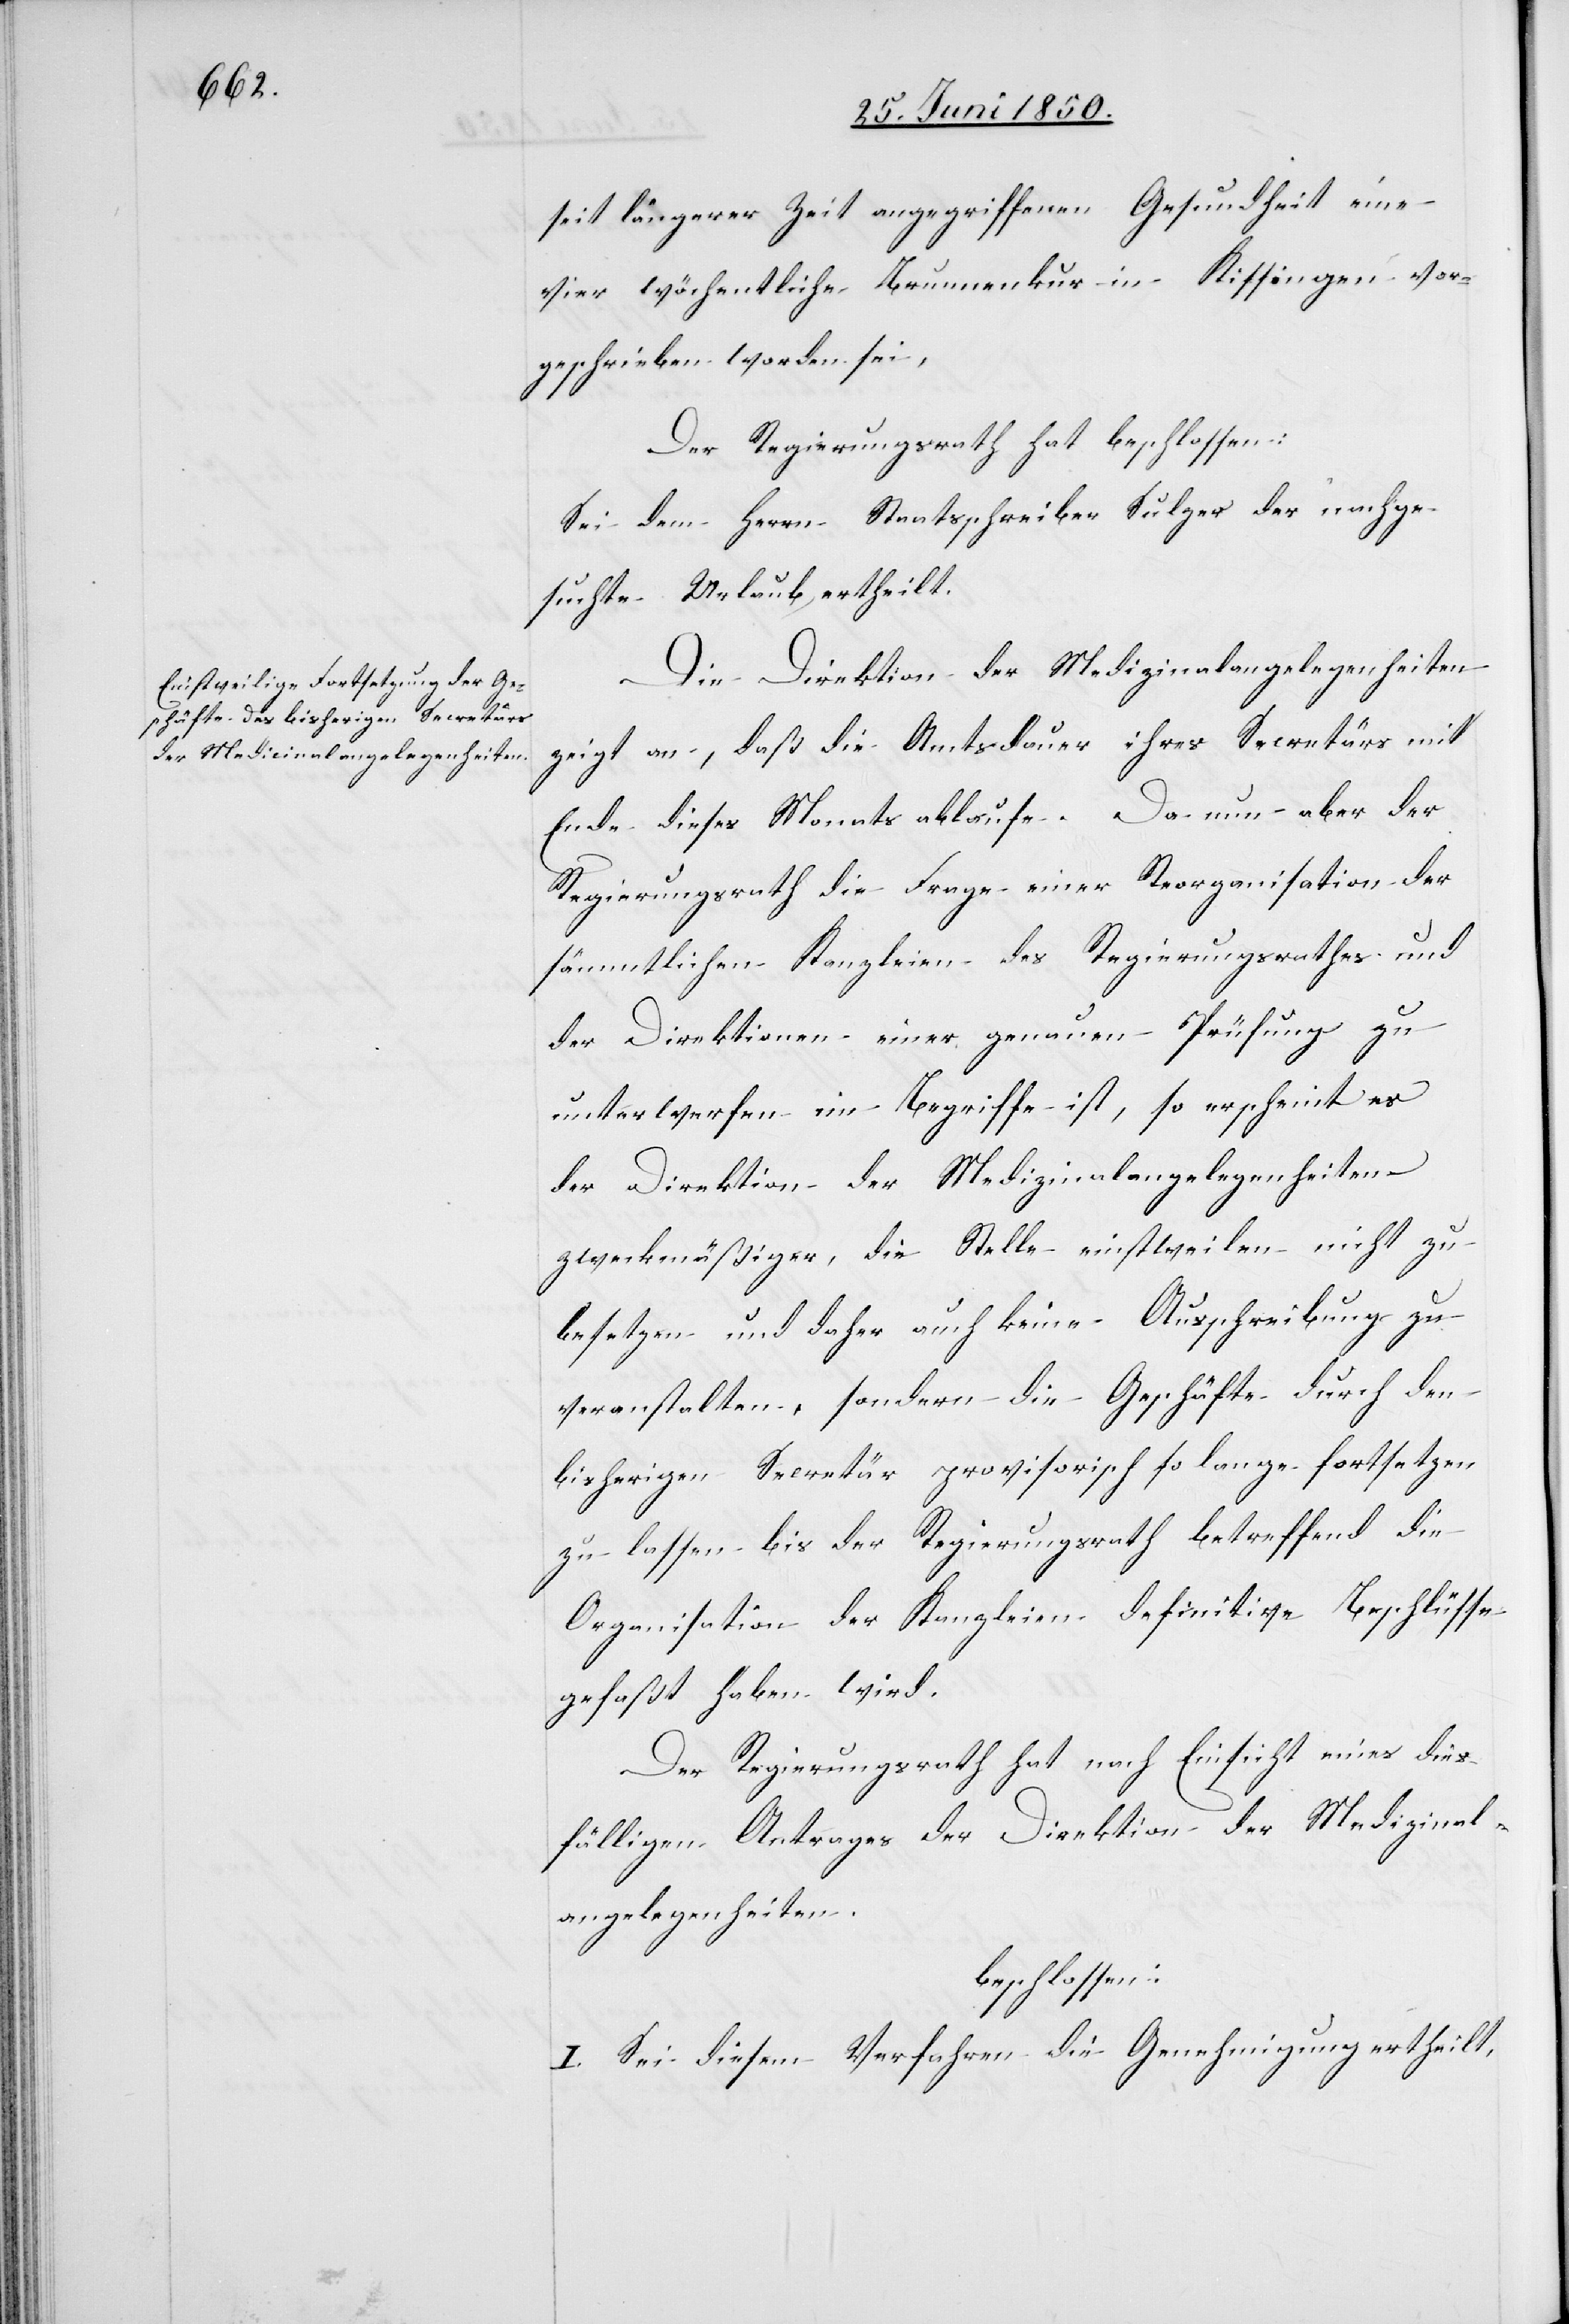
seit längerer Zeit angegriffenen Gesundheit eine
vier wöchentliche Brunnenkur in Kissingen vor¬
geschrieben worden sei,
Der Regierungsrath hat beschlossen:
Sei dem Herrn Staatsschreiber Sulzer der nachge¬
suchte Urlaub ertheilt.
Die Direktion der Medizinalangelegenheiten
zeigt an, daß die Amtsdauer ihres Secretärs mit
Ende dieses Monats ablaufe. Da nun aber der
Regierungsrath die Frage einer Reorganisation der
sämmtlichen Kanzleien des Regierungsrathes und
der Direktionen einer genauen Prüfung zu
unterwerfen im Begriffe ist, so erscheint es
der Direktion der Medizinalangelegenheiten
zweckmäßiger, die Stelle einstweilen nicht zu
besetzen und daher auch keine Ausschreibung zu
veranstalten, sondern die Geschäfte durch den
bisherigen Secretär provisorisch so lange fortsetzen
zu lassen bis der Regierungsrath betreffend die
Organisation der Kanzleien definitive Beschlüsse
gefaßt haben wird.
Der Regierungsrath hat nach Einsicht eines dies¬
fälligen Antrages der Direktion der Medizinal¬
angelegenheiten.
beschlossen.
I. Sei diesem Verfahren die Genehmigung ertheilt.